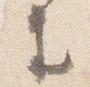
生